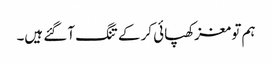
ہم تو مغز کھپائی کر کے تنگ آ گئے ہیں۔